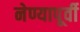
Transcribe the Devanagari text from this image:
नेण्यापूर्वी